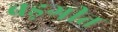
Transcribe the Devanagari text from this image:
बड़गीत